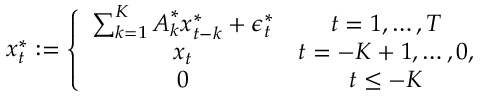
\begin{array} { r } { \boldsymbol { x } _ { t } ^ { * } : = \left\lbrace \begin{array} { c c } { \sum _ { k = 1 } ^ { K } \boldsymbol { A } _ { k } ^ { * } \boldsymbol { x } _ { t - k } ^ { * } + \boldsymbol { \epsilon } _ { t } ^ { * } } & { t = 1 , \dots , T } \\ { \boldsymbol { x } _ { t } } & { t = - K + 1 , \dots , 0 , } \\ { \boldsymbol { 0 } } & { t \leq - K } \end{array} \right. } \end{array}